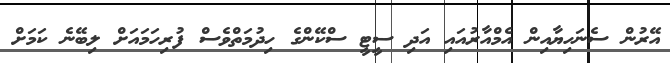
އޭރުން ސެނަހިޔާއިން އެމްއާރުއައި އަދި ސީޓީ ސްކޭންގެ ހިދުމަތްވެސް ފުރިހަމައަށް ލިބޭނެ ކަމަށް